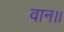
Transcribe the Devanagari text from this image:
वान।।